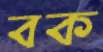
বক